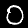
Digit: 0